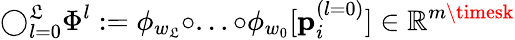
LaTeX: \bigcirc_{l=0}^{\mathfrak{L}}\Phi^{l}:=\phi_{w_{\mathfrak{L}}}\circ...\circ\phi_{w_{0}}[\mathbf{{p}}_{i}^{(l=0)}]\in\mathbb{{R}}^{m\timesk}